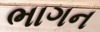
ભાગન